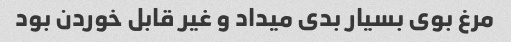
مرغ بوی بسیار بدی میداد و غیر قابل خوردن بود